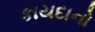
કાયદાનો